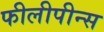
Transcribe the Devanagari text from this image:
फीलीपीन्स